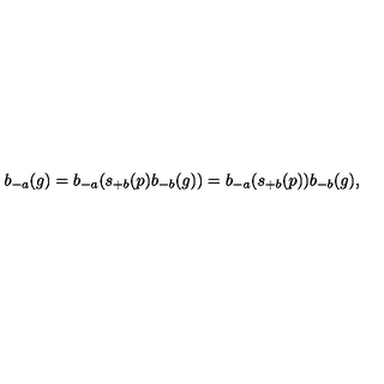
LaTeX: b _ { - a } ( g ) = b _ { - a } ( s _ { + b } ( p ) b _ { - b } ( g ) ) = b _ { - a } ( s _ { + b } ( p ) ) b _ { - b } ( g ) ,